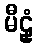
မီဠှံ